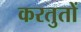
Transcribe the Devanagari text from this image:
करतुतों